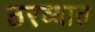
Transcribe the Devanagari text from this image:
ठरव्यात